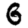
Digit: 6